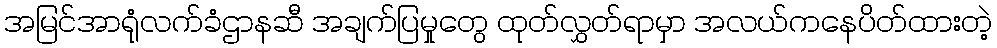
အမြင်အာရုံလက်ခံဌာနဆီ အချက်ပြမှုတွေ ထုတ်လွှတ်ရာမှာ အလယ်ကနေပိတ်ထားတဲ့